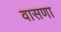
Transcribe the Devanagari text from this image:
वासणा